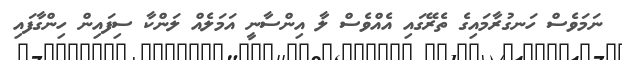
ނަމަވެސް ހަނގުރާމައިގެ ތެރޭގައި އެއްވެސް ލާ އިންސާނީ އަމަލެއް ލަންކާ ސިފައިން ހިންގާފައި